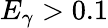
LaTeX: E_{\gamma}>0.1